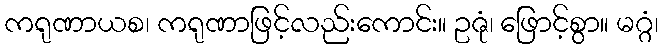
ကရုဏာယစ၊ ကရုဏာဖြင့်လည်းကောင်း။ ဥဇုံ၊ ဖြောင့်စွာ။ မဂ္ဂံ၊